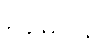
မမေ့ပါနဲ့။